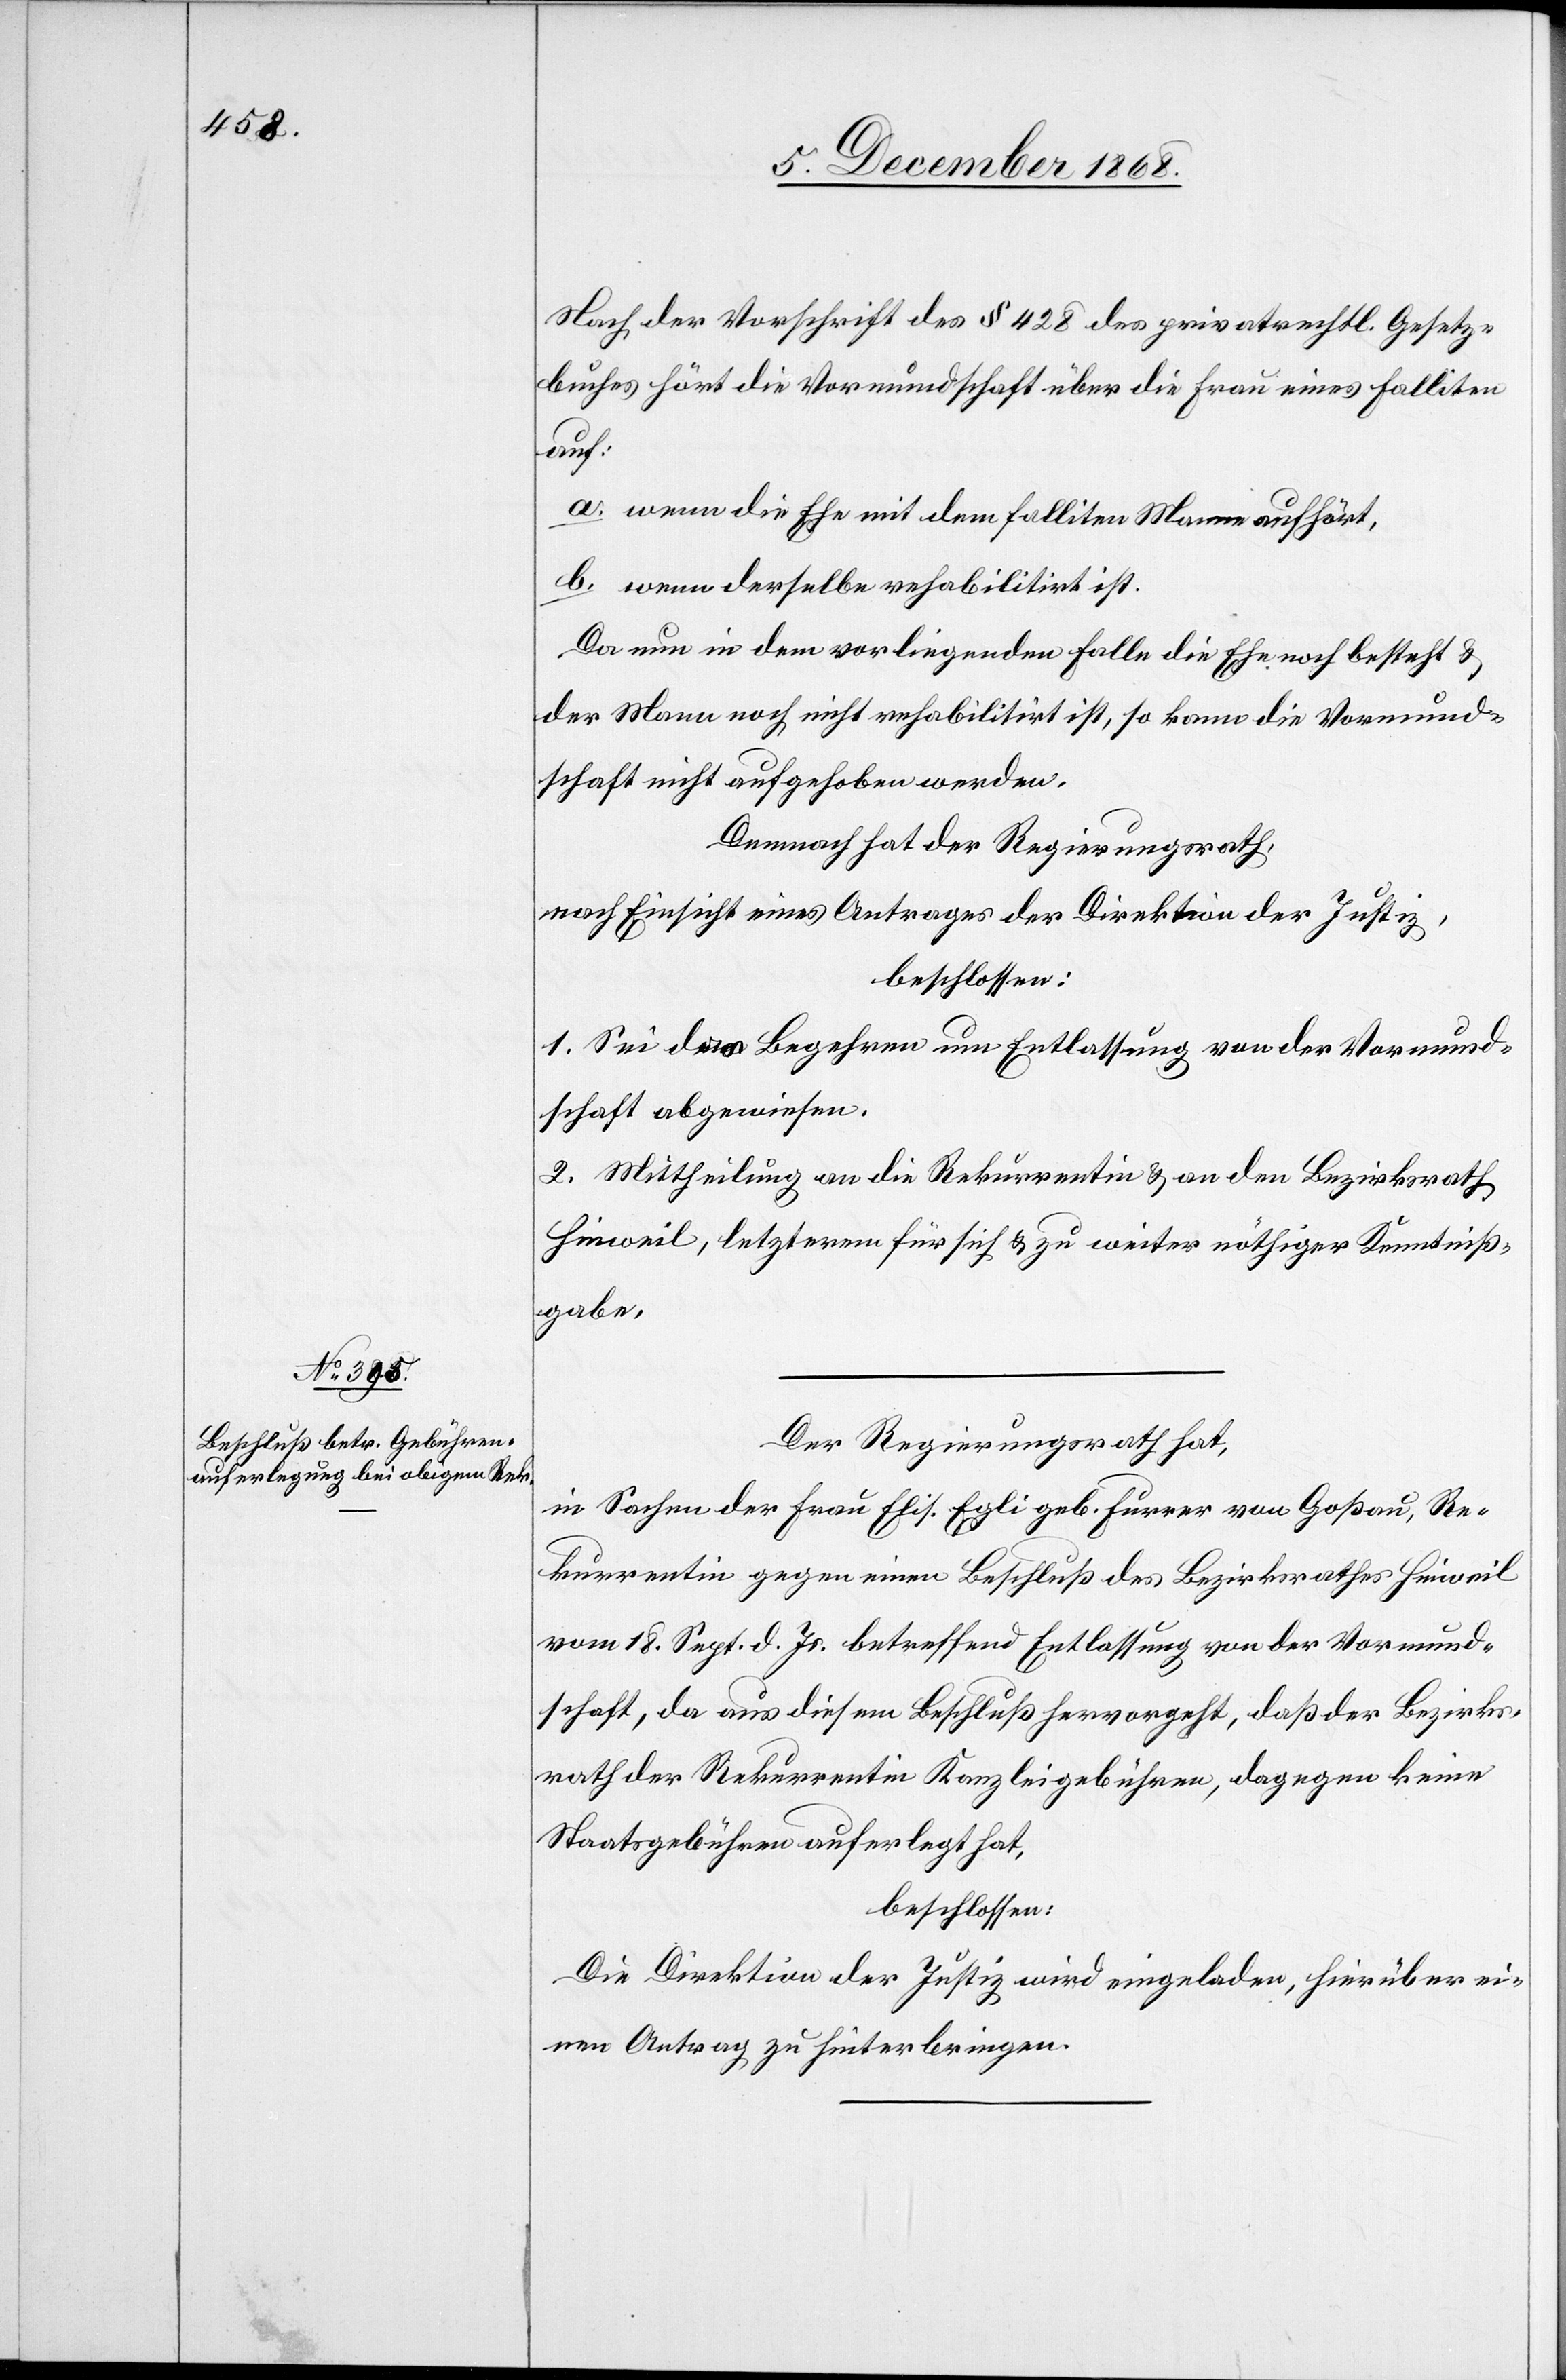
Nach der Vorschrift des § 428 des privatrechtl. Gesetz¬
buches hört die Vormundschaft über die Frau eines Falliten
auf:
a. wenn die Ehe mit dem falliten Manne aufhört,
b. wenn derselbe rehabilitirt ist.
Da nun in dem vorliegenden Falle die Ehe noch besteht &
der Mann noch nicht rehabilitirt ist, so kann die Vormund¬
schaft nicht aufgehoben werden.
Demnach hat der Regierungsrath,
nach Einsicht eines Antrages der Direktion der Justiz,
beschlossen:
1. Sei das Begehren um Entlassung von der Vormund¬
schaft abgewiesen.
2. Mittheilung an die Rekurrentin & an den Bezirksrath
Hinweil, letzterem für sich & zu weiter nöthiger Kenntniß¬
gabe.
Der Regierungsrath hat,
in Sachen der Frau Elis. Egli geb. Furrer von Goßau, Re¬
kurrentin gegen einen Beschluß des Bezirksrathes Hinweil
vom 18. Sept. d. Js. betreffend Entlassung von der Vormund¬
schaft, da aus diesem Beschluß hervorgeht, daß der Bezirks¬
rath der Rekurrentin Kanzleigebühren, dagegen keine
Staatsgebühren auferlegt hat,
beschlossen:
Die Direktion der Justiz wird eingeladen, hierüber ei¬
nen Antrag zu hinterbringen.